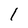
Character: 1